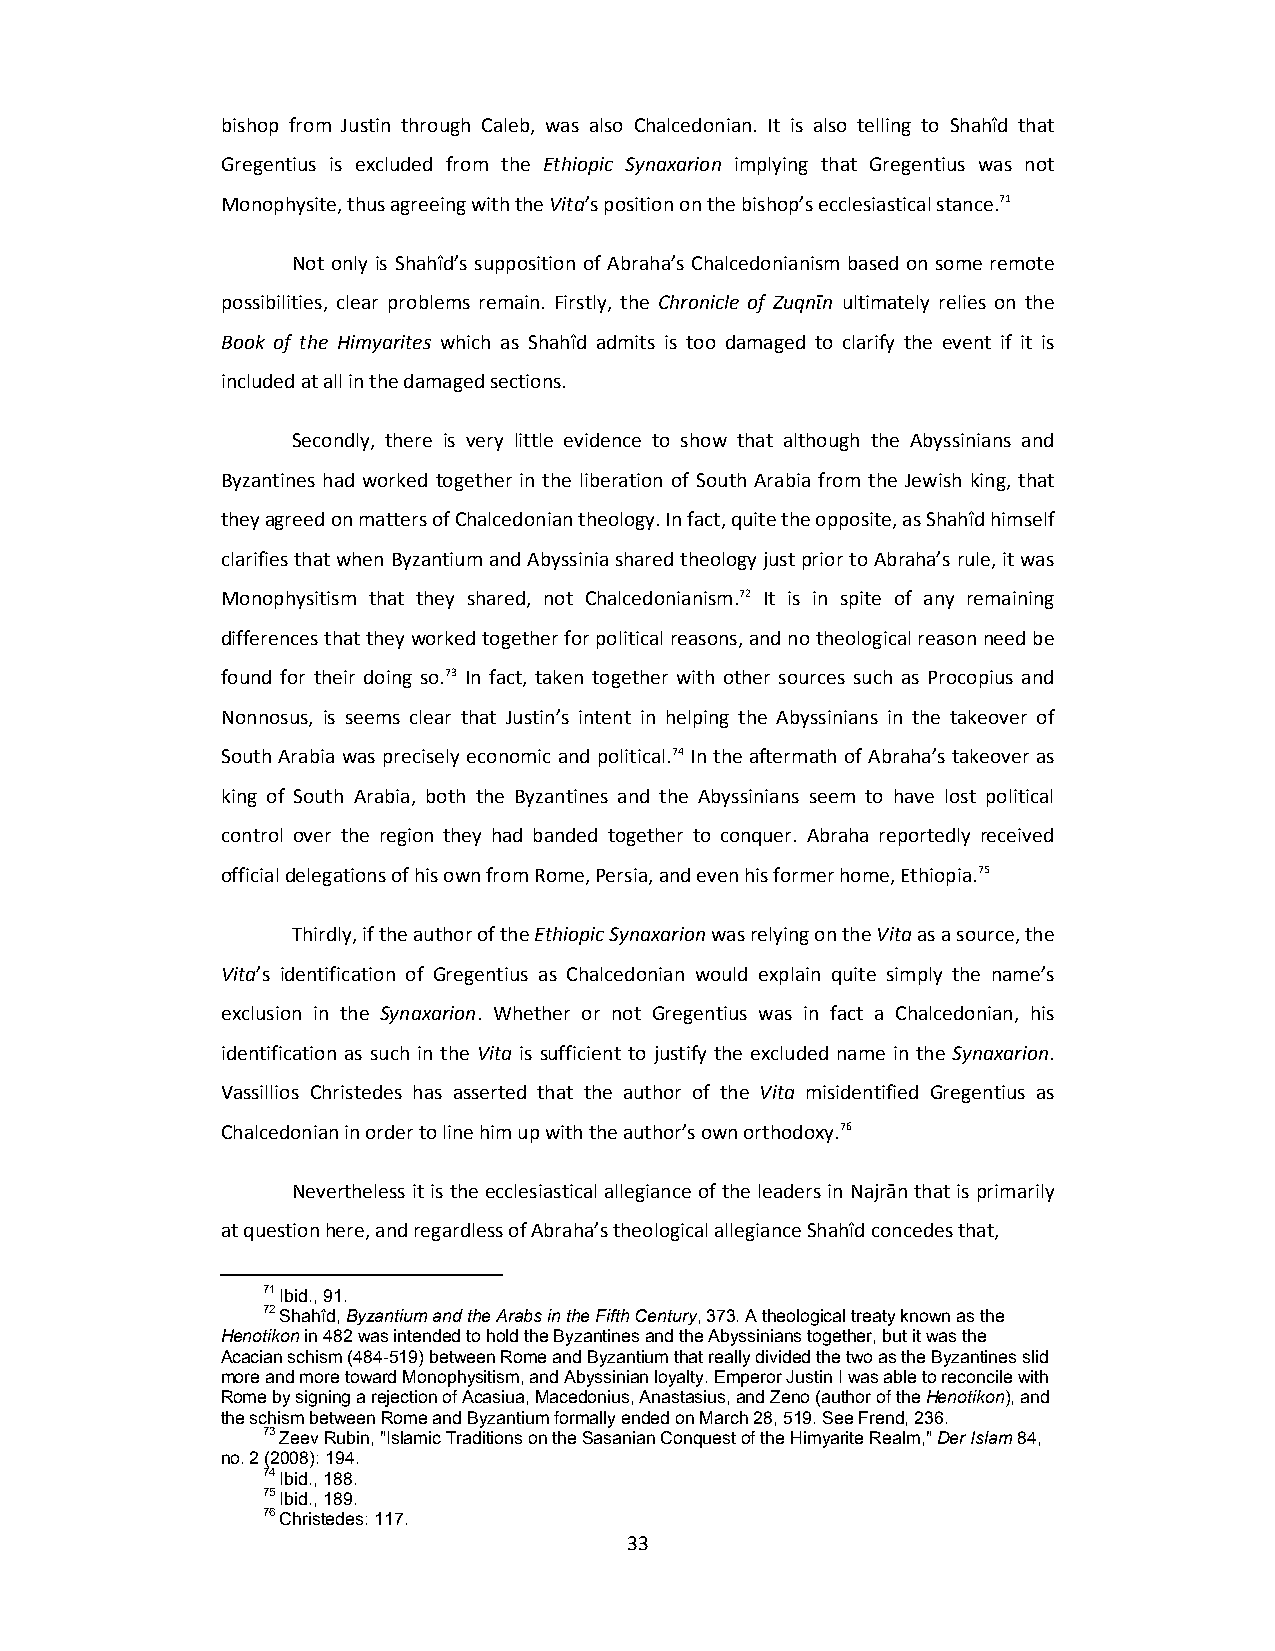
bishop from Justin through Caleb, was also Chalcedonian. It is also telling to Shahîd that
 Gregentius is excluded from the Ethiopic Synaxarion implying that Gregentius was not
 Monophysite, thus agreeing with the Vita’s position on the bishop’s ecclesiastical stance.71
 Not only is Shahîd’s supposition of Abraha’s Chalcedonianism based on some remote
 possibilities, clear problems remain. Firstly, the Chronicle of Zuqnῑn ultimately relies on the
 Book of the Himyarites which as Shahîd admits is too damaged to clarify the event if it is
 included at all in the damaged sections.
 Secondly, there is very little evidence to show that although the Abyssinians and
 Byzantines had worked together in the liberation of South Arabia from the Jewish king, that
 they agreed on matters of Chalcedonian theology. In fact, quite the opposite, as Shahîd himself
 clarifies that when Byzantium and Abyssinia shared theology just prior to Abraha’s rule, it was
 Monophysitism that they shared, not Chalcedonianism.72 It is in spite of any remaining
 differences that they worked together for political reasons, and no theological reason need be
 found for their doing so.73 In fact, taken together with other sources such as Procopius and
 Nonnosus, is seems clear that Justin’s intent in helping the Abyssinians in the takeover of
 South Arabia was precisely economic and political.74 In the aftermath of Abraha’s takeover as
 king of South Arabia, both the Byzantines and the Abyssinians seem to have lost political
 control over the region they had banded together to conquer. Abraha reportedly received
 official delegations of his own from Rome, Persia, and even his former home, Ethiopia.75
 Thirdly, if the author of the Ethiopic Synaxarion was relying on the Vita as a source, the
 Vita’s identification of Gregentius as Chalcedonian would explain quite simply the name’s
 exclusion in the Synaxarion. Whether or not Gregentius was in fact a Chalcedonian, his
 identification as such in the Vita is sufficient to justify the excluded name in the Synaxarion.
 Vassillios Christedes has asserted that the author of the Vita misidentified Gregentius as
 Chalcedonian in order to line him up with the author’s own orthodoxy.76
 Nevertheless it is the ecclesiastical allegiance of the leaders in Najrān that is primarily
 at question here, and regardless of Abraha’s theological allegiance Shahîd concedes that,
 71 Ibid., 91.
 72 Shahîd, Byzantium and the Arabs in the Fifth Century, 373. A theological treaty known as the
 Henotikon in 482 was intended to hold the Byzantines and the Abyssinians together, but it was the
 Acacian schism (484-519) between Rome and Byzantium that really divided the two as the Byzantines slid
 more and more toward Monophysitism, and Abyssinian loyalty. Emperor Justin I was able to reconcile with
 Rome by signing a rejection of Acasiua, Macedonius, Anastasius, and Zeno (author of the Henotikon), and
 the schism between Rome and Byzantium formally ended on March 28, 519. See Frend, 236.
 73 Zeev Rubin, "Islamic Traditions on the Sasanian Conquest of the Himyarite Realm," Der Islam 84,
 no. 2 (2008): 194.
 74 Ibid., 188.
 75 Ibid., 189.
 76 Christedes: 117.
 33